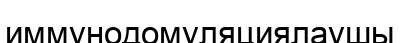
иммунодомуляциялаушы